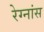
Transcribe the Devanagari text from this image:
रेग्नांस